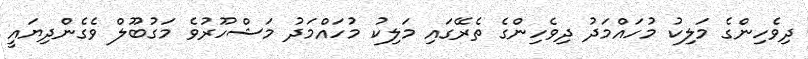
ދިވެހިންގެ މަލިކު މުހައްމަދު ދިވެހިންގެ ތެރޭގައި މަލިކު މުހައްމަދު މަޝްހޫރުވެ މަގުބޫލް ވެގެންދިޔައީ